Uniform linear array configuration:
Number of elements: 16
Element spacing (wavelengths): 0.25
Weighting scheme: hamming
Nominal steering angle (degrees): -30
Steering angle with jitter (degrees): -31.609
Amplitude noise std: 0.05
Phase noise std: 0.05

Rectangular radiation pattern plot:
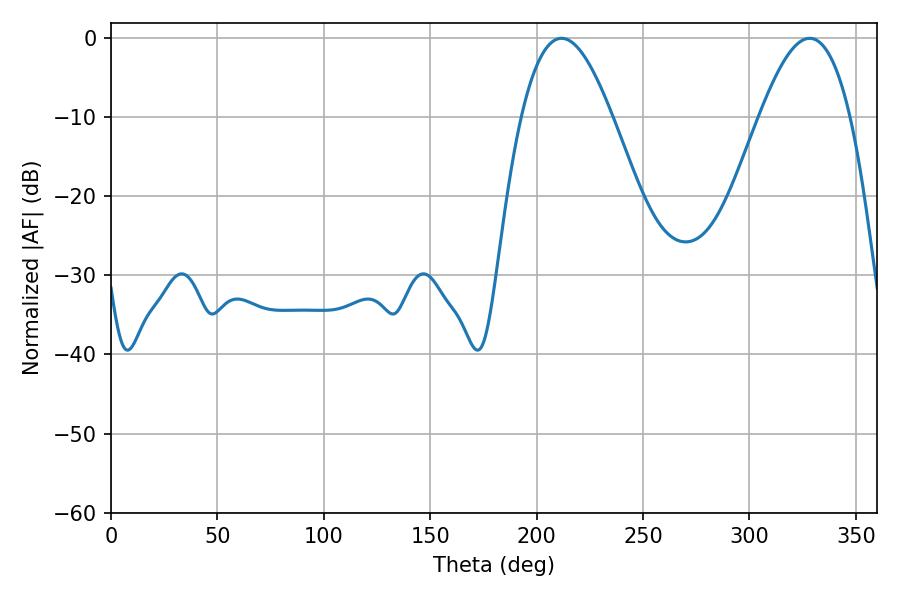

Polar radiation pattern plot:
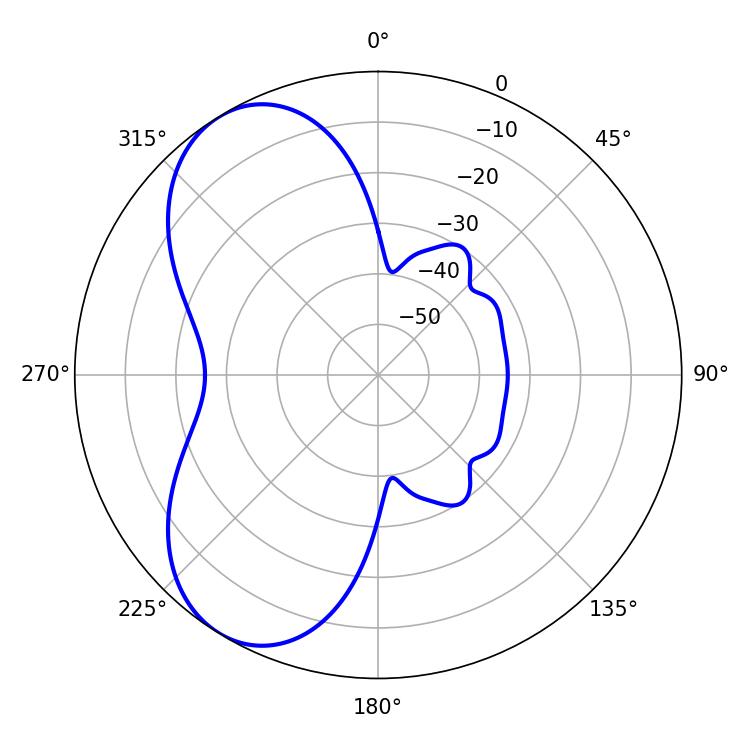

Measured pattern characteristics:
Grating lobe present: FALSE
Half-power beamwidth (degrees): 23.22
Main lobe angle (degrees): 211.68